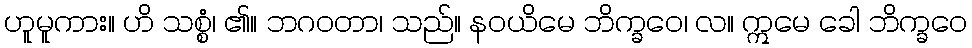
ဟူမူကား။ ဟိ သစ္စံ၊ ၏။ ဘဂဝတာ၊ သည်။ နဝယိမေ ဘိက္ခဝေ၊ လ။ ဣမေ ခေါ ဘိက္ခဝေ